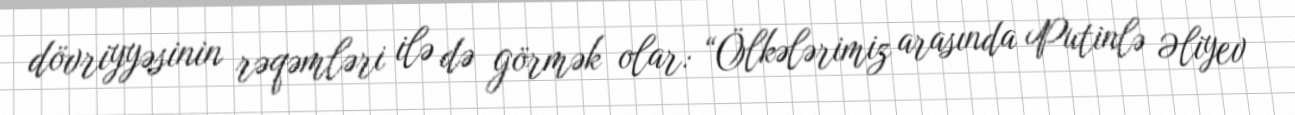
dövriyyəsinin rəqəmləri ilə də görmək olar: “Ölkələrimiz arasında Putinlə Əliyev